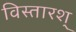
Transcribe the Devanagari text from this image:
विस्तारश्